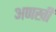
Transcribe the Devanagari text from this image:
अणखी